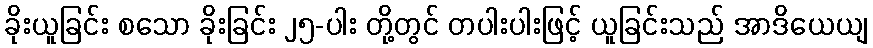
ခိုးယူခြင်း စသော ခိုးခြင်း ၂၅-ပါး တို့တွင် တပါးပါးဖြင့် ယူခြင်းသည် အာဒိယေယျ